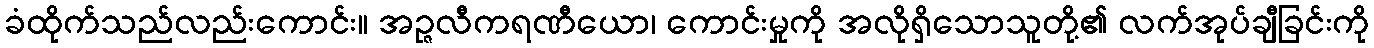
ခံထိုက်သည်လည်းကောင်း။ အဉ္ဇလီကရဏီယော၊ ကောင်းမှုကို အလိုရှိသောသူတို့၏ လက်အုပ်ချီခြင်းကို